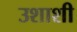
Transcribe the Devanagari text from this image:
उशाशी